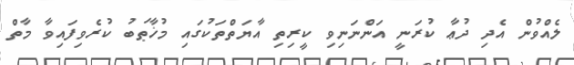
ލެއްވުން އެދި ދުޢާ ކުރަނީ އަންނަނިވި ކީރިތި އާޔަތްތަކުގައި މުޚާޠަބު ކުރެވިފައިވާ މާތް